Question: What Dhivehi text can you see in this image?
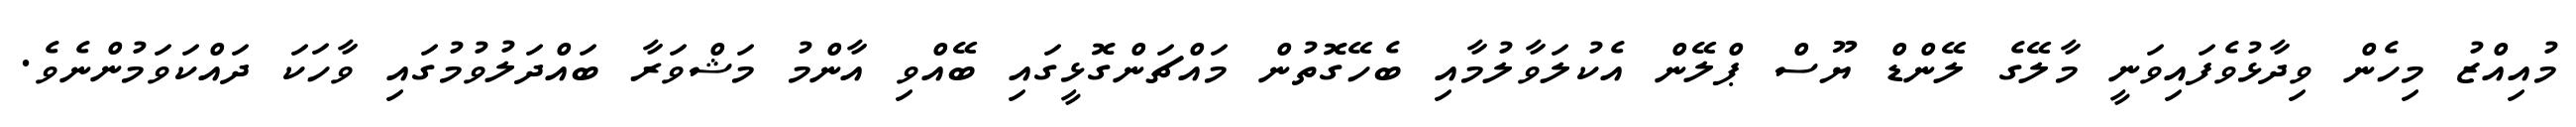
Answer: މުއިއްޒު މިހެން ވިދާޅުވެފައިވަނީ މާލޭގެ ލޭންޑް ޔޫސް ޕްލޭން އެކުލަވާލުމާއި ބެހޭގޮތުން މައްޗަންގޮޅީގައި ބޭއްވި އާންމު މަޝްވަރާ ބައްދަލުވުމުގައި ވާހަކަ ދައްކަވަމުންނެވެ.